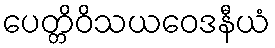
ပေတ္တိဝိသယဝေဒနီယံ